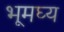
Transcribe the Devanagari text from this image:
भूमघ्य